Civil Veterinary Department Bihar & Orissa reports 1922-29 - 1922-1929
Year: 1922
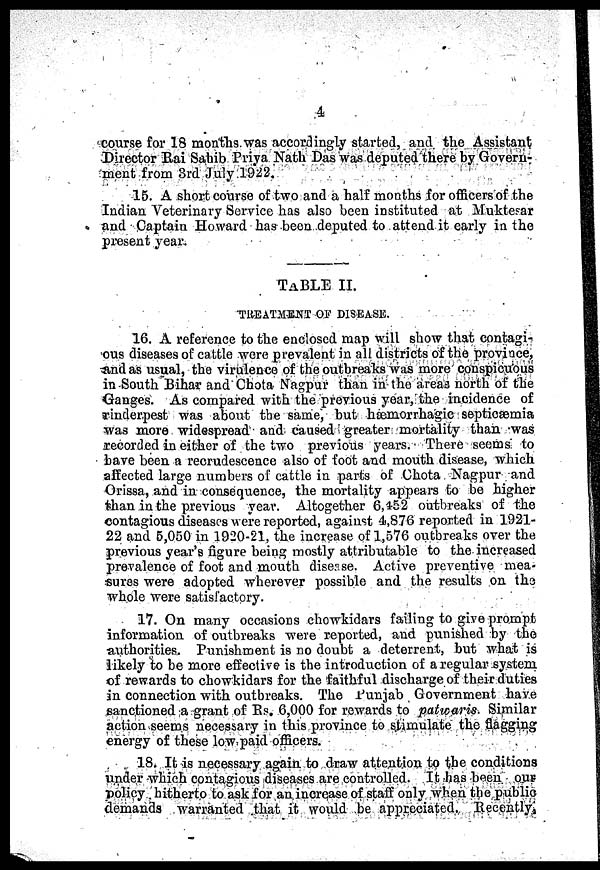
4
course for 18 months was accordingly started, and the Assistant
Director Rai Sahib Priya Nath Das was deputed there by Govern¬
ment from 3rd July 1922.
15. A short course of two and a half months for officers of the
Indian Veterinary Service has also been instituted at Muktear
and Captain Howard has been deputed to attend it early in the
present year.
TABLE II.
TREATMENT OF DISEASE.
16. A reference to the enclosed map will show that contagi-
ous diseases of cattle were prevalent in all districts of the province,
And as usual, the virulence of the outbreaks was more conspicuous
in South Bihar and Chota Nagpur than in the areas north of the
Ganges. As compared with the previous year, the incidence of
rinderpest was about the same, but hæmorrhagic septicæmia
was more widespread and caused greater mortality than was
recorded in either of the two previous years. There seems to
have been a recrudescence also of foot and mouth disease, which
affected large numbers of cattle in parts of Chota Nagpur and
Orissa, and in consequence, the mortality appears to be higher
than in the previous year. Altogether 6,452 outbreaks of the
contagious diseases were reported, against 4,876 reported in 1921-
22 and 5,050 in 1920-21, the increase of 1,576 outbreaks over the
previous year's figure being mostly attributable to the increased
prevalence of foot and mouth disease. Active preventive mea-
sures were adopted wherever possible and the results on the
whole were satisfactory.
17. On many occasions chowkidars failing to give prompt
information of outbreaks were reported, and punished by the
authorities. Punishment is no doubt a deterrent, but what is
likely to be more effective is the introduction of a regular system
of rewards to chowkidars for the faithful discharge of their duties
in connection with outbreaks. The Punjab Government have
sanctioned a grant of Rs. 6,000 for rewards to patwaris. Similar
action seems necessary in this province to stimulate the flagging
energy of these low paid officers.
18. It is necessary again to draw attention to the conditions
under which contagious diseases are controlled. It has been our
policy. hitherto to ask for an increase of staff only when the public
demands warranted that it would be appreciated. Recently.